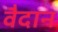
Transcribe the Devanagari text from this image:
वैदान